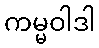
ကမ္မဝါဒါ